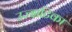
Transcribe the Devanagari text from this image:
उज्झटिका